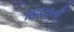
૧૪૫૦ની